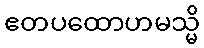
ဧတပထောဟမသ္မိ